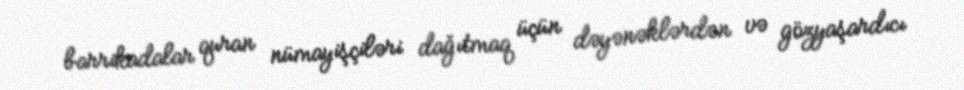
barrikadalar quran nümayişçiləri dağıtmaq üçün dəyənəklərdən və gözyaşardıcı